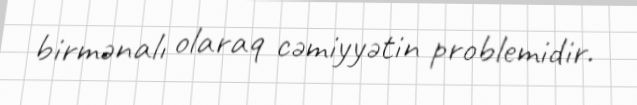
birmənalı olaraq cəmiyyətin problemidir.